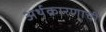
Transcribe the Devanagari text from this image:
अर्थकारणाची